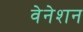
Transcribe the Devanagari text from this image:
वेनेशन